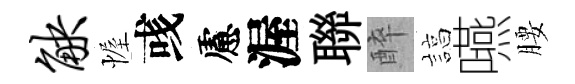
觖幄彧慮渥聯醉諄嚥腰